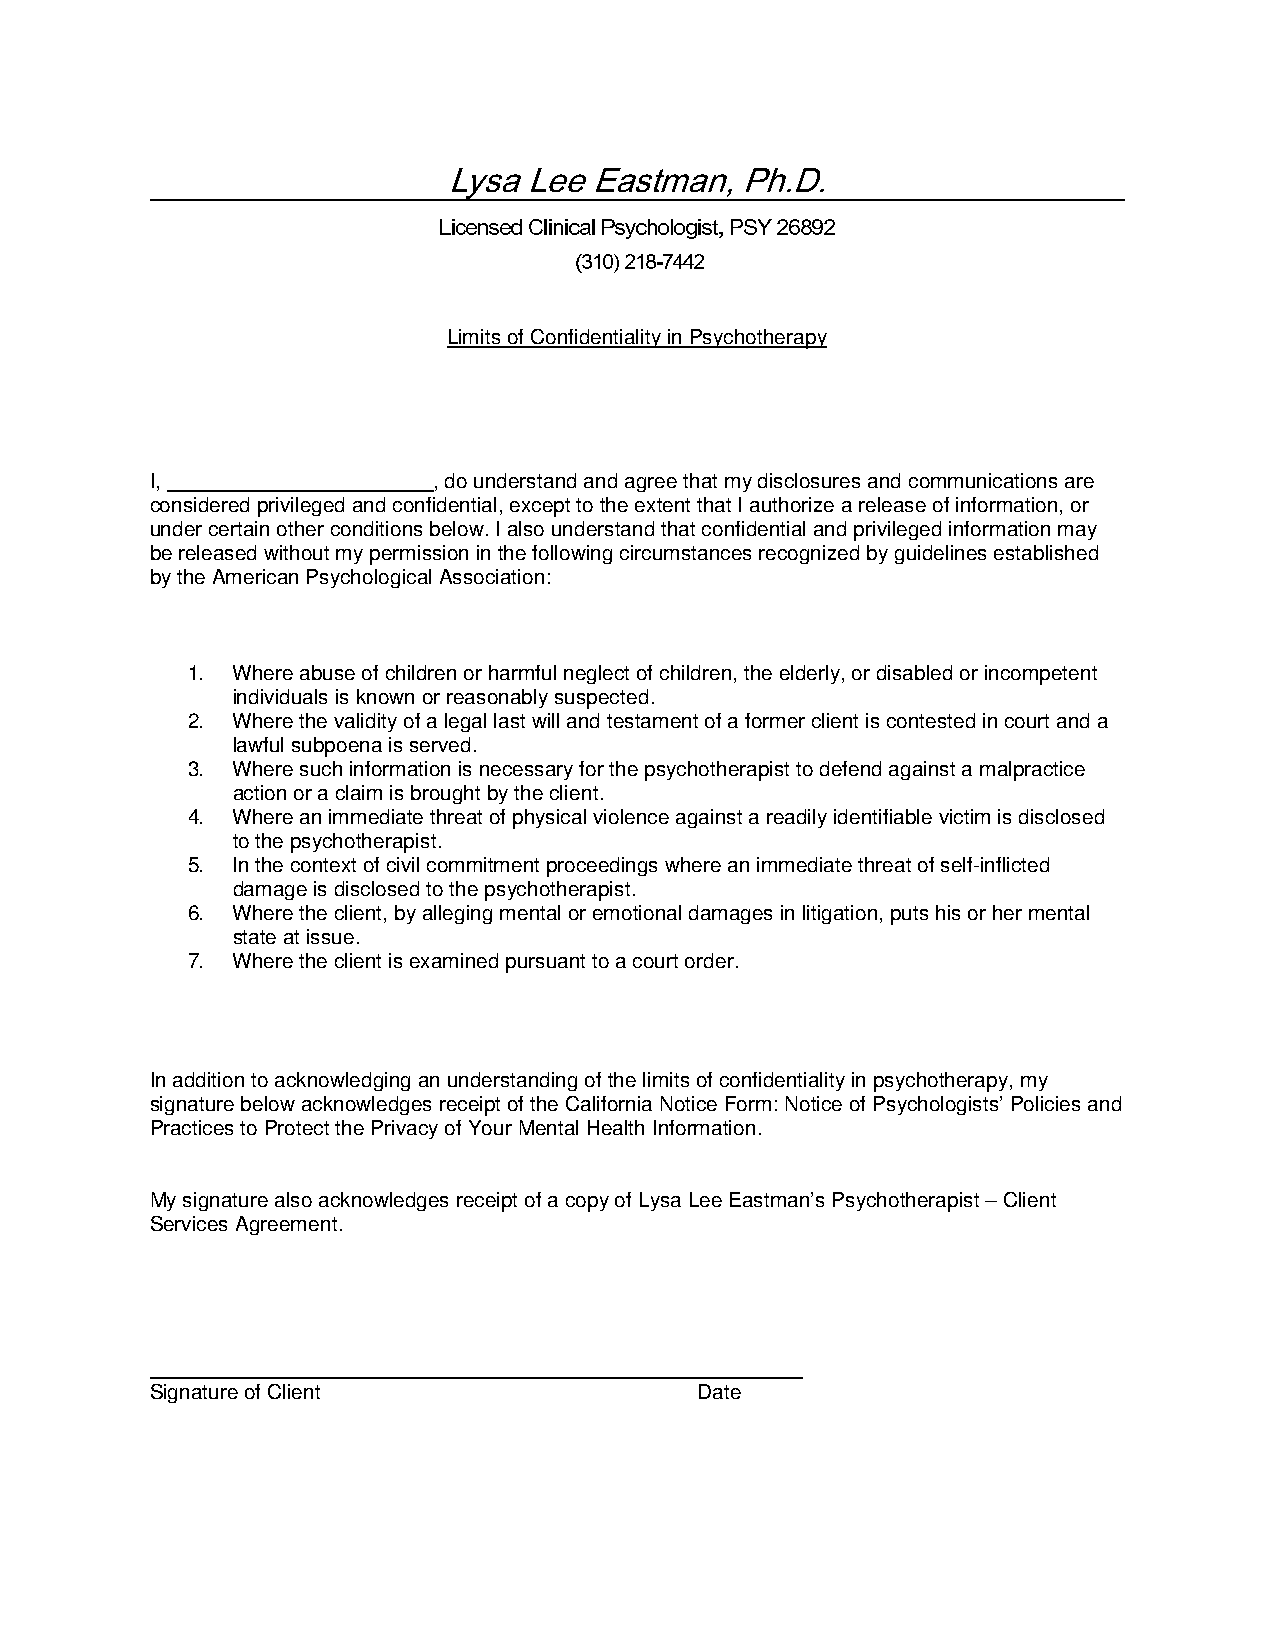
! !
 !"#$%!&&%’$#()$*+%,-./.%%                   %
 Limits of Confidentiality in Psychotherapy
 I,    _______      , do understand and agree that my disclosures and communications are
 considered privileged and confidential, except to the extent that I authorize a release of information, or
 under certain other conditions below. I also understand that confidential and privileged information may
 be released without my permission in the following circumstances recognized by guidelines established
 by the American Psychological Association:
 1. Where abuse of children or harmful neglect of children, the elderly, or disabled or incompetent
 individuals is known or reasonably suspected.
 2. Where the validity of a legal last will and testament of a former client is contested in court and a
 lawful subpoena is served.
 3. Where such information is necessary for the psychotherapist to defend against a malpractice
 action or a claim is brought by the client.
 4. Where an immediate threat of physical violence against a readily identifiable victim is disclosed
 to the psychotherapist.
 5. In the context of civil commitment proceedings where an immediate threat of self-inflicted
 damage is disclosed to the psychotherapist.
 6. Where the client, by alleging mental or emotional damages in litigation, puts his or her mental
 state at issue.
 7. Where the client is examined pursuant to a court order.
 In addition to acknowledging an understanding of the limits of confidentiality in psychotherapy, my
 signature below acknowledges receipt of the California Notice Form: Notice of Psychologists’ Policies and
 Practices to Protect the Privacy of Your Mental Health Information.
 My signature also acknowledges receipt of a copy of Lysa Lee Eastman’s Psychotherapist – Client
 Services Agreement.
 ______              ________         ________
 Signature of Client                 Date